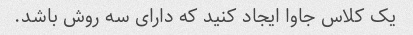
یک کلاس جاوا ایجاد کنید که دارای سه روش باشد.